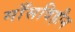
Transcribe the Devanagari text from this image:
माँसविहीन